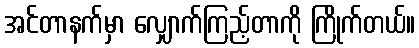
အင်တာနက်မှာ လျှောက်ကြည့်တာကို ကြိုက်တယ်။